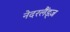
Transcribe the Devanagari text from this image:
नेदरलैंड्ज़